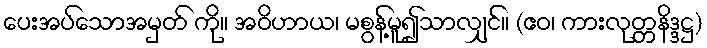
ပေးအပ်သောအမှတ် ကို။ အဝိဟာယ၊ မစွန့်မူ၍သာလျှင်။ (ဧဝ၊ ကားလုတ္တနိဒ္ဒဋ္ဌ)